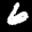
Label: 6